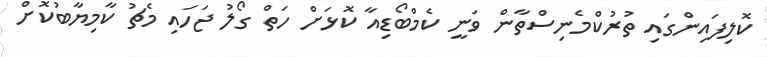
ކޮލިފައިންގައި ތުރުކްމެނިސްތާން ވަނީ ކެމްބޯޑިއާ ކޮޅަށް ހަތް ގޯލު ޖަހައި މެޗު ކާމިޔާބުކޮށް